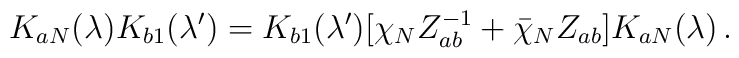
K _{aN}(\lambda)K_{b1}(\lambda ^\prime)=K_{b1}(\lambda ^\prime)[\chi _N Z_{ab}^{-1}+\bar \chi _N Z_{ab}]K_{aN}(\lambda )\, .